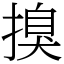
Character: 搝